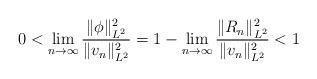
LaTeX: \begin{align*}0<\lim_{n\to\infty}\frac{\|\phi\|_{L^2}^2}{\|v_n\|_{L^2}^2}=1-\lim_{n\to\infty}\frac{\|R_n\|_{L^2}^2}{\|v_n\|_{L^2}^2}<1\end{align*}